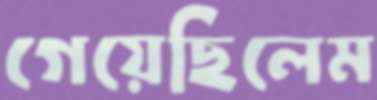
গেয়েছিলেম